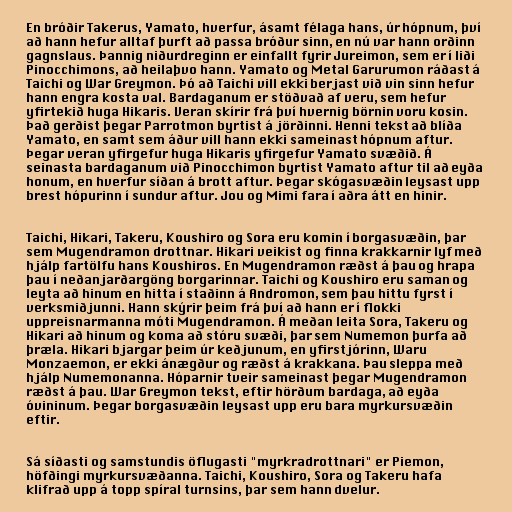
En bróðir Takerus, Yamato, hverfur, ásamt félaga hans, úr hópnum, því
að hann hefur alltaf þurft að passa bróður sinn, en nú var hann orðinn
gagnslaus. Þannig niðurdreginn er einfallt fyrir Jureimon, sem er í liði
Pinocchimons, að heilaþvo hann. Yamato og Metal Garurumon ráðast á
Taichi og War Greymon. Þó að Taichi vill ekki berjast við vin sinn hefur
hann engra kosta val. Bardaganum er stöðvað af veru, sem hefur
yfirtekið huga Hikaris. Veran skírir frá því hvernig börnin voru kosin.
Það gerðist þegar Parrotmon byrtist á jörðinni. Henni tekst að blíða
Yamato, en samt sem áður vill hann ekki sameinast hópnum aftur.
Þegar veran yfirgefur huga Hikaris yfirgefur Yamato svæðið. Á
seinasta bardaganum við Pinocchimon byrtist Yamato aftur til að eyða
honum, en hverfur síðan á brott aftur. Þegar skógasvæðin leysast upp
brest hópurinn í sundur aftur. Jou og Mimi fara í aðra átt en hinir.

Taichi, Hikari, Takeru, Koushiro og Sora eru komin í borgasvæðin, þar
sem Mugendramon drottnar. Hikari veikist og finna krakkarnir lyf með
hjálp fartölfu hans Koushiros. En Mugendramon ræðst á þau og hrapa
þau í neðanjarðargöng borgarinnar. Taichi og Koushiro eru saman og
leyta að hinum en hitta í staðinn á Andromon, sem þau hittu fyrst í
verksmiðjunni. Hann skýrir þeim frá því að hann er í flokki
uppreisnarmanna móti Mugendramon. Á meðan leita Sora, Takeru og
Hikari að hinum og koma að stóru svæði, þar sem Numemon þurfa að
þræla. Hikari bjargar þeim úr keðjunum, en yfirstjórinn, Waru
Monzaemon, er ekki ánægður og ræðst á krakkana. Þau sleppa með
hjálp Numemonanna. Hóparnir tveir sameinast þegar Mugendramon
ræðst á þau. War Greymon tekst, eftir hörðum bardaga, að eyða
óvininum. Þegar borgasvæðin leysast upp eru bara myrkursvæðin
eftir.

Sá síðasti og samstundis öflugasti "myrkradrottnari" er Piemon,
höfðingi myrkursvæðanna. Taichi, Koushiro, Sora og Takeru hafa
klifrað upp á topp spíral turnsins, þar sem hann dvelur.